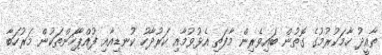
ތާއީދު ހާމަކުރުމުގެ ގޮތުން ބައިވެރިން މާފަތި އެޅުވުމާއި ކަރުދާހު ކުނޑިއާއި ފުއްޕާހަންތަކުން މަރުހަބާ